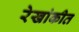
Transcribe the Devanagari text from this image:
रेखांकीत